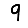
Digit: 9